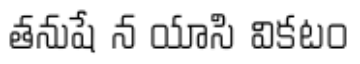
తనుషే న యాసి వికటం